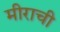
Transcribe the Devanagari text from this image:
मीराची